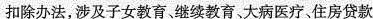
扣除办法，涉及子女教育、继续教育、大病医疗、住房贷款